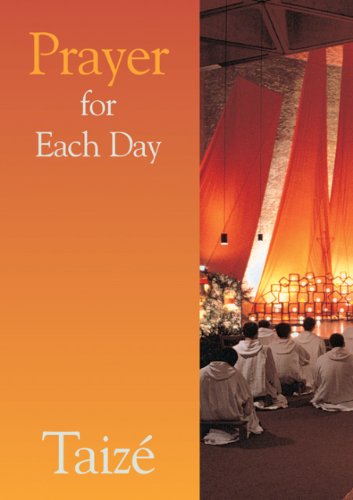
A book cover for Prayer for Each Day; Taize Communities; Religion & Spirituality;